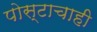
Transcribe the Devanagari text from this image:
पोस्टाचाही